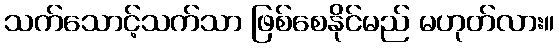
သက်သောင့်သက်သာ ဖြစ်စေနိုင်မည် မဟုတ်လား။